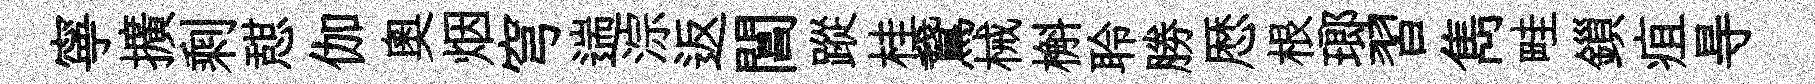
寧擴剩憇伽奧烟穹遄淙返閶蹤桂鵞械槲聆勝厯根瑯習雋畦鎻疽㝵